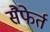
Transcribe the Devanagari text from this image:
सैफेर्त